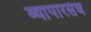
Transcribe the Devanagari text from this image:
व्यापारसंघ